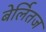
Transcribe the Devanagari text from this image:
बेर्लितज